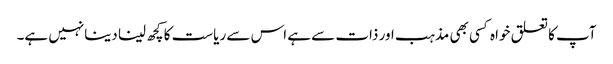
آپ کا تعلق خواہ کسی بھی مذہب اور ذات سے ہے اس سے ریاست کا کچھ لینا دینانہیں ہے۔